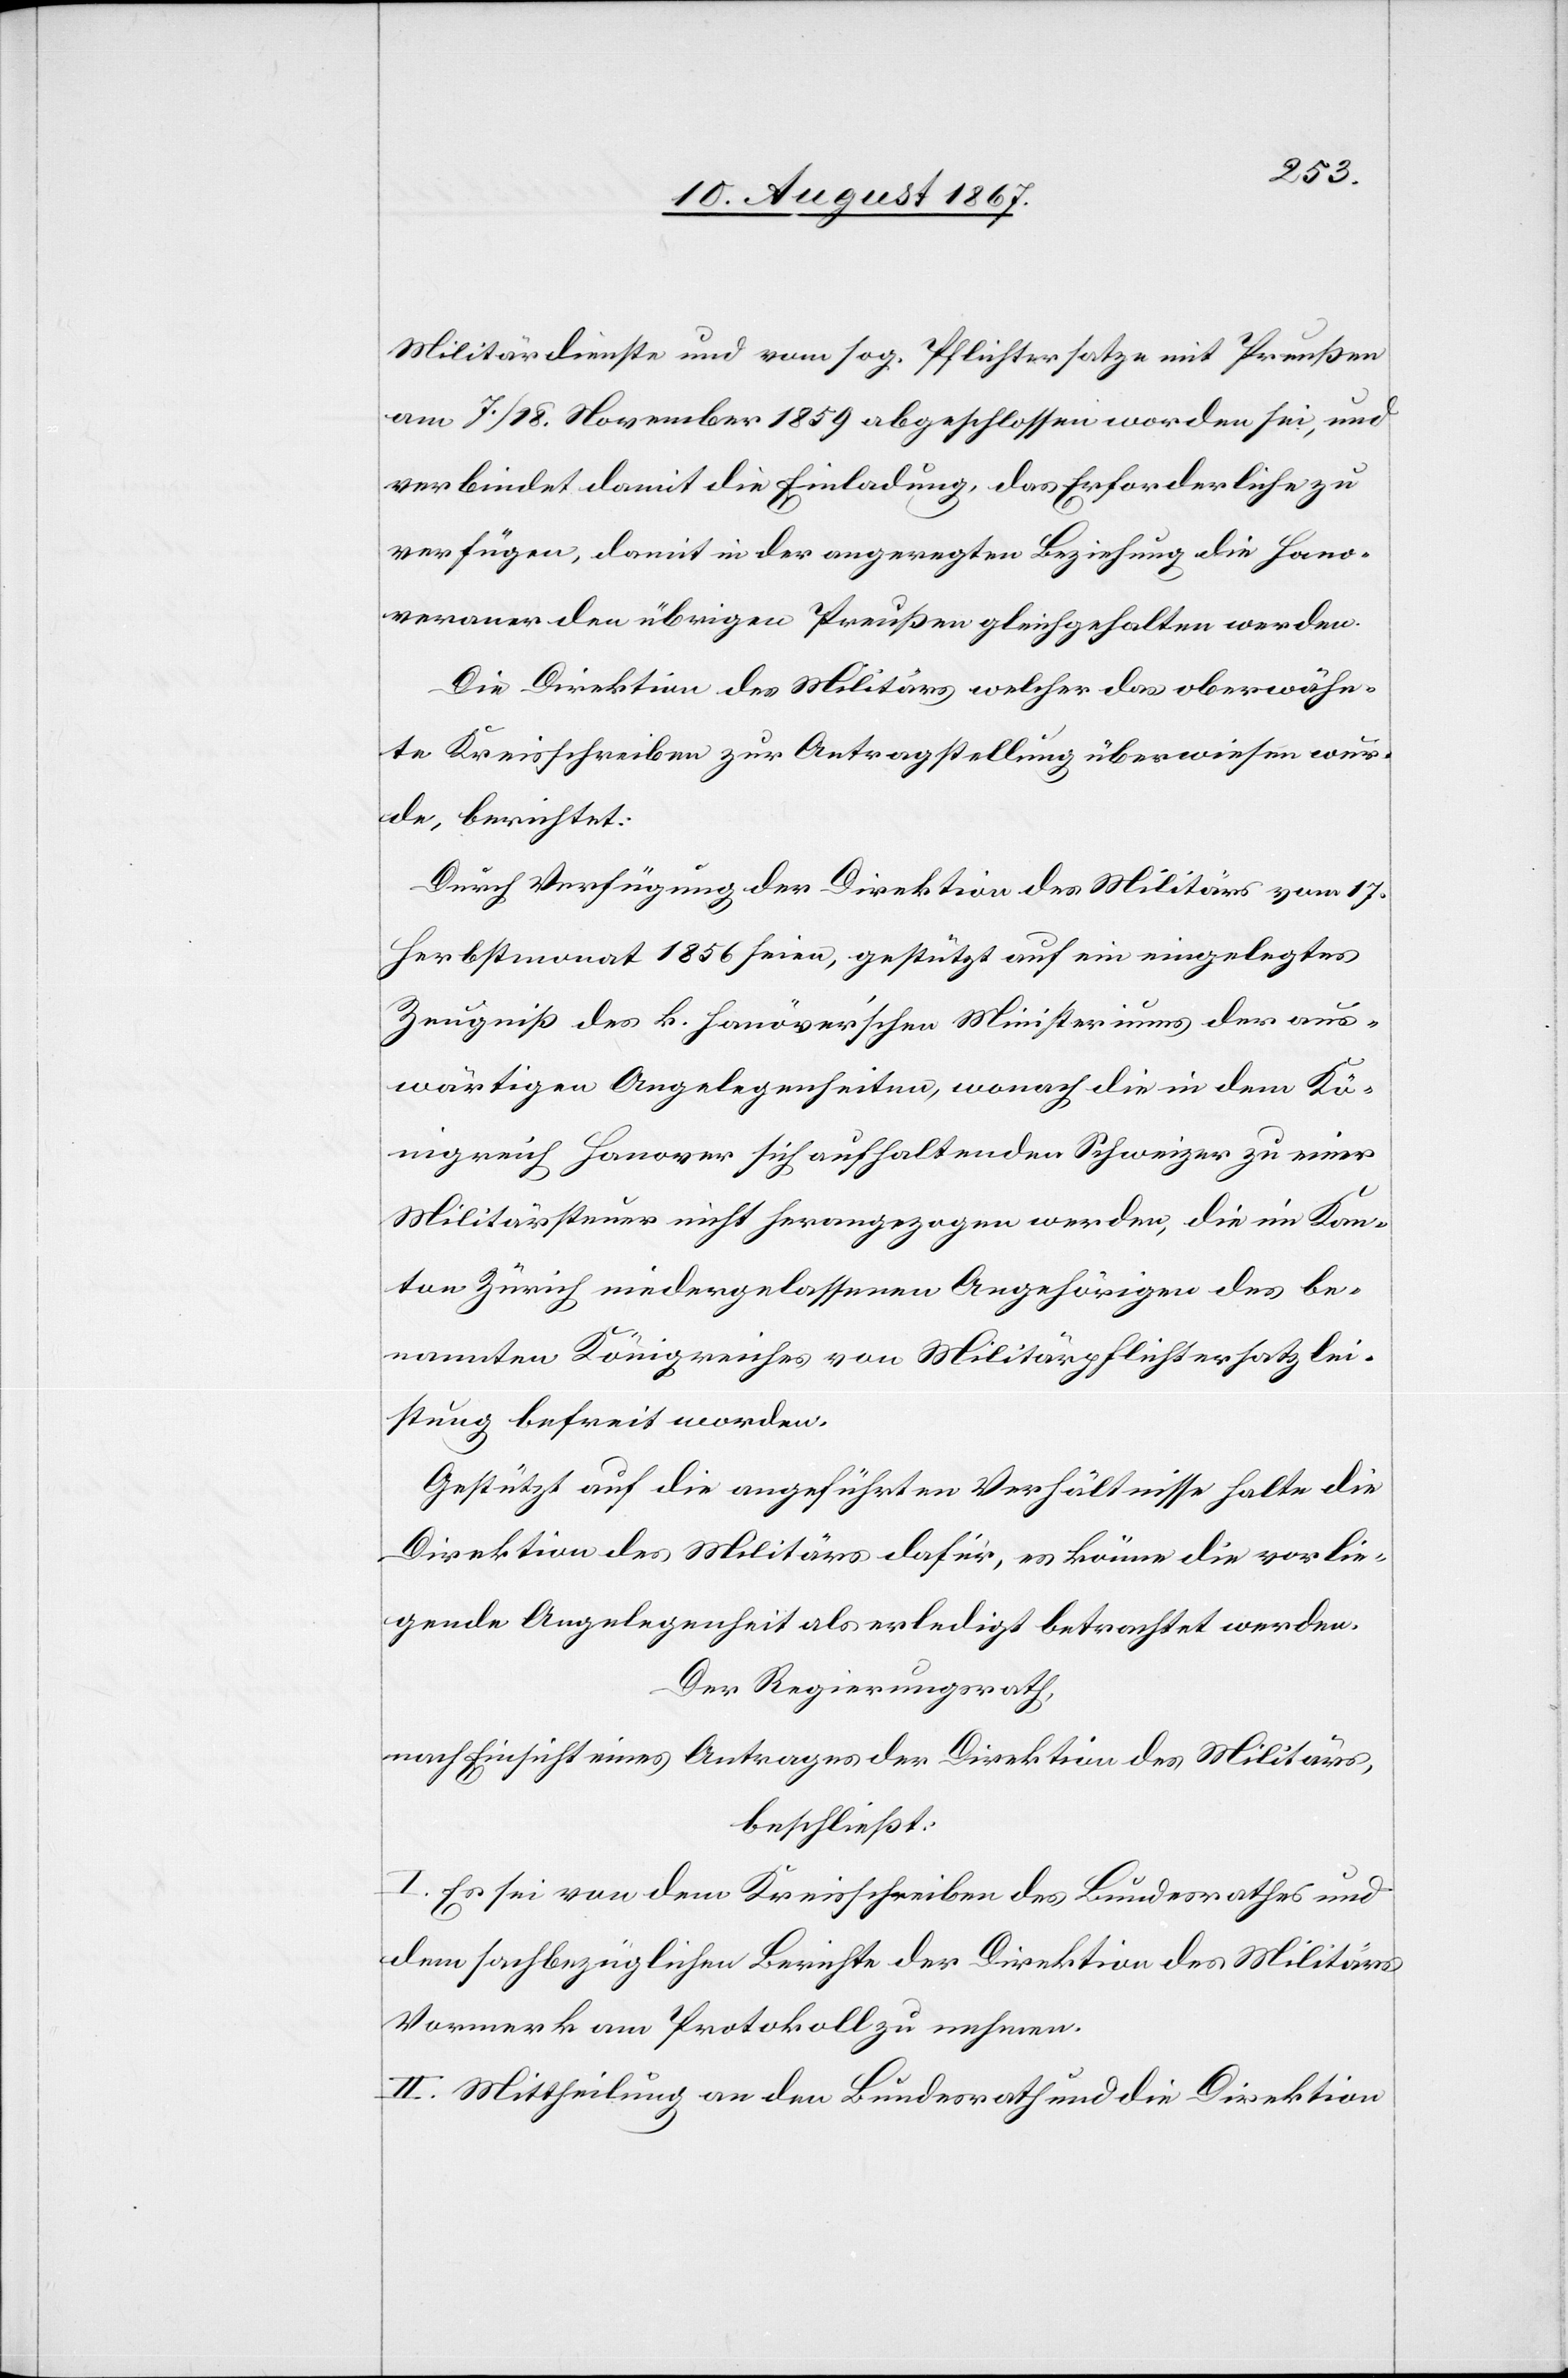
Militärdienste und vom sog. Pflichtersatze mit Preußen
am 7./18. November 1859 abgeschlossen worden sei, und
verbindet damit die Einladung, das Erforderliche zu
verfügen, damit in der angeregten Beziehung die Hano¬
veraner den übrigen Preußen gleichgehalten werden.
Die Direktion des Militärs, welcher das oberwähn¬
te Kreisschreiben zur Antragstellung überwiesen wur¬
de, berichtet:
Durch Verfügung der Direktion des Militärs vom 17.
Herbstmonat 1856 seien, gestützt auf ein eingelegte
Zeugniß des k. hanöver’schen Ministeriums der aus¬
wärtigen Angelegenheiten, wonach die in dem Kö¬
nigreich Hanover sich aufhaltenden Schweizer zu einer
Militärsteuer nicht herangezogen werden, die im Kan¬
ton Zürich niedergelassenen Angehörigen des be¬
nannten Königreiches von Militärpflichtersatzlei¬
stung befreit worden.
Gestützt auf die angeführten Verhältnisse halte die
Direktion des Militärs dafür, es könne die vorlie¬
gende Angelegenheit als erledigt betrachtet werden.
Der Regierungsrath,
nach Einsicht eines Antrages der Direktion des Militärs,
beschließt:
I. Es sei von dem Kreisschreiben des Bundesrathes und
dem sachbezüglichen berichte der Direktion des Militärs
Vormerk am Protokoll zu nehmen.
II. Mittheilung an den Bundesrath und die Direktion